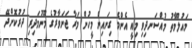
މައުލޫމާތު މުއްސަނދިވި މިއީ އެންމެ ގިނައިން މީހުން މަރާ ޖަނަވާރުގެ މޫނުމަދިރި ދުރުކޮށްދޭ